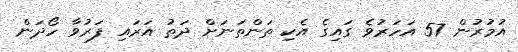
އުމުރުން 57 އަހަރުވެ ގައިގެ އެކި ތަންތަނަށް ދަތު އަރައި ފަރުވާ ހޯދަން